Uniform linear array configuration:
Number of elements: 4
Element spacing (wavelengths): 1
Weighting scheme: hann
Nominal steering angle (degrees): -30
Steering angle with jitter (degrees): -31.834
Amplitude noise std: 0.05
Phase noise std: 0.05

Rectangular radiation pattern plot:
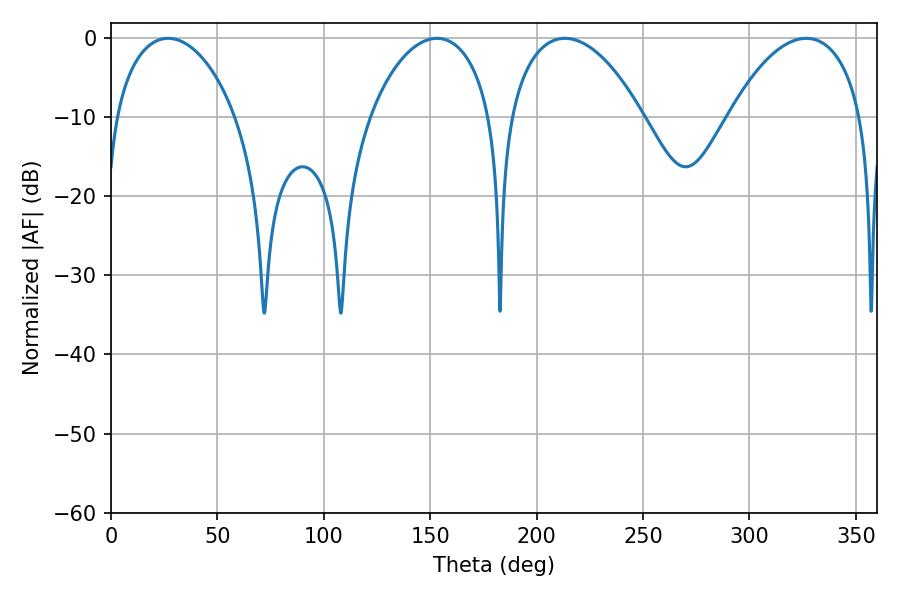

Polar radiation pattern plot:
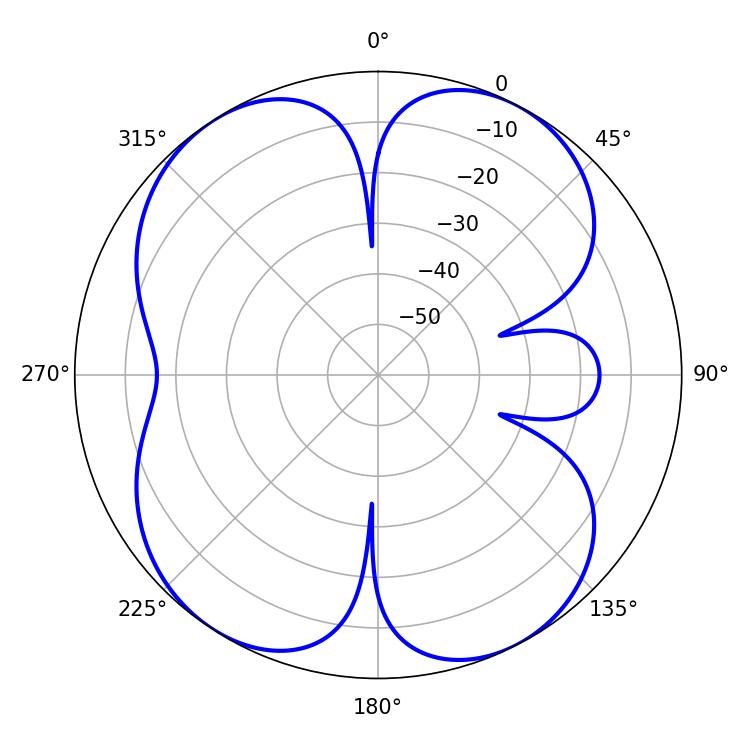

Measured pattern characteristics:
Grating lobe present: TRUE
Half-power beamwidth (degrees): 32.76
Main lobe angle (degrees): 26.82